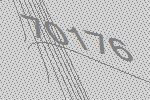
70176